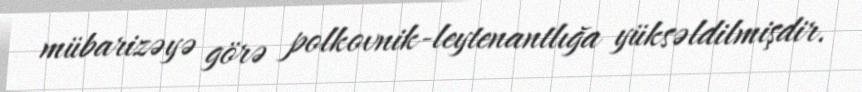
mübarizəyə görə polkovnik-leytenantlığa yüksəldilmişdir.